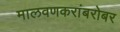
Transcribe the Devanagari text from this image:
मालवणकरांबरोबर